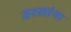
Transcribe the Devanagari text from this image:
तरसांना